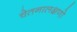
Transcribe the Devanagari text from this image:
चेतनालक्षणो